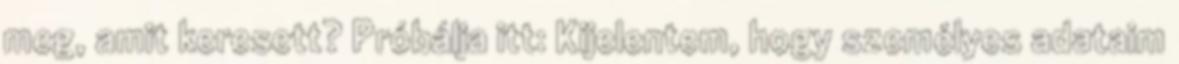
meg, amit keresett? Próbálja itt: Kijelentem, hogy személyes adataim